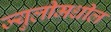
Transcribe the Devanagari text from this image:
ज्युलीमधील